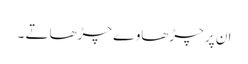
ان پر چڑھاوے چڑھاتے ۔